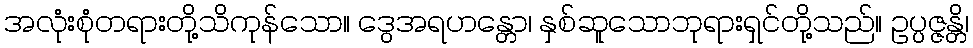
အလုံးစုံတရားတို့သိကုန်သော။ ဒွေအရဟန္တော၊ နှစ်ဆူသောဘုရားရှင်တို့သည်။ ဥပ္ပဇ္ဇန္တိ၊